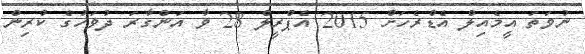
ނުވަތަ އީމެއިލް އެޑްރެހަށް 2015 އެޕްރީލް 28 ވާ އަންގާރަ ދުވަހުގެ ކުރިން